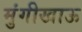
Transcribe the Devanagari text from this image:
मुंगीखाऊ